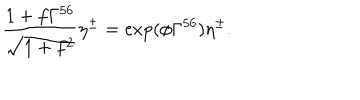
\frac { 1 + f \Gamma ^ { 5 6 } } { \sqrt { 1 + f ^ { 2 } } } \eta ^ { \pm } = \exp ( \phi \Gamma ^ { 5 6 } ) \eta ^ { \pm } .